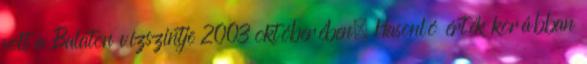
volt a Balaton vízszintje 2003 októberében. Hasonló érték korábban